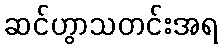
ဆင်ဟွာသတင်းအရ